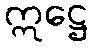
ဣဋ္ဌေ